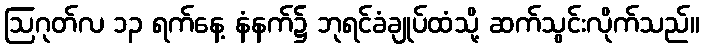
ဩဂုတ်လ ၁၃ ရက်နေ့ နံနက်၌ ဘုရင်ခံချုပ်ထံသို့ ဆက်သွင်းလိုက်သည်။